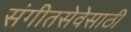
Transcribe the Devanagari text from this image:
संगीतसेवेसाठी